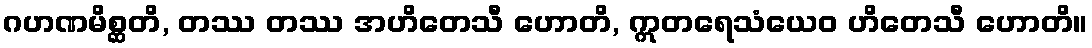
ဂဟဏမိစ္ဆတိ, တဿ တဿ အဟိတေသီ ဟောတိ, ဣတရေသံယေဝ ဟိတေသီ ဟောတိ။